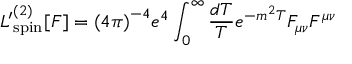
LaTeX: { \cal L ^ { \prime } } _ { \mathrm { s p i n } } ^ { ( 2 ) } [ F ] = { ( 4 \pi ) } ^ { - 4 } e ^ { 4 } \int _ { 0 } ^ { \infty } { \frac { d T } { T } } e ^ { - m ^ { 2 } T } F _ { \mu \nu } F ^ { \mu \nu }